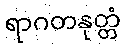
ရာဂတနုတ္တံ